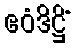
ဧဝံဒိဋ္ဌိံ